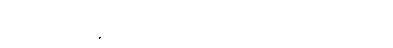
မြန်မာပြက္ခဒိန်များမှာ လပြည့်ခေါ်တဲ့နေ့ လမပြည့်ဘူး။